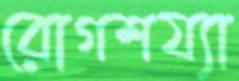
রোগশয্যা